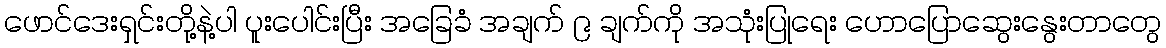
ဖောင်ဒေးရှင်းတို့နဲ့ပါ ပူးပေါင်းပြီး အခြေခံ အချက် ၉ ချက်ကို အသုံးပြုရေး ဟောပြောဆွေးနွေးတာတွေ